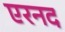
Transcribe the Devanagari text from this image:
एरनद